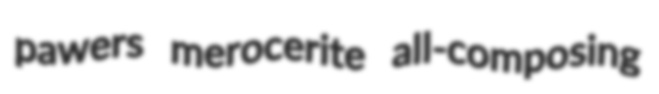
pawers merocerite all-composing